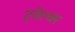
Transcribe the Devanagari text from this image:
ट्वेल्व्स